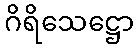
ဂိရိသေဋ္ဌော